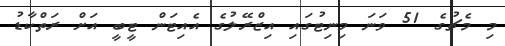
މި މެޗުގެ 51 ވަނަ މިނިޓުގައި އިޒްރޭލުގެ އެއިޓަން ޓީބީ އަށް ރަތްކާޑު